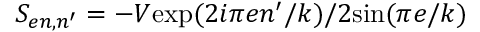
S _ { e n , n ^ { \prime } } = - V \mathrm { e x p } ( 2 i \pi e n ^ { \prime } / k ) / 2 \mathrm { s i n } ( \pi e / k )